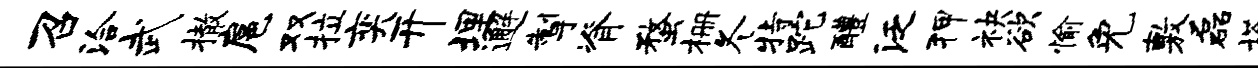
召洽武撤扈双拉奕开埋邂掣脊蝥栅冬特跎醴泛狎袂欲愉免敷磊塔